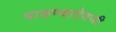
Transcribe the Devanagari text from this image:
पाडण्याऐवजी